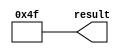
// megafunction wizard: %LPM_CONSTANT%
// GENERATION: STANDARD
// VERSION: WM1.0
// MODULE: LPM_CONSTANT 

// ============================================================
// Megafunction Name(s):
// 			LPM_CONSTANT
//
// Simulation Library Files(s):
// 			lpm
// ============================================================
// ************************************************************
// THIS IS A WIZARD-GENERATED FILE. DO NOT EDIT THIS FILE!
//
// 20.1.1 Build 720 11/11/2020 SJ Lite Edition
// ************************************************************


//Copyright (C) 2020  Intel Corporation. All rights reserved.
//Your use of Intel Corporation's design tools, logic functions 
//and other software and tools, and any partner logic 
//functions, and any output files from any of the foregoing 
//(including device programming or simulation files), and any 
//associated documentation or information are expressly subject 
//to the terms and conditions of the Intel Program License 
//Subscription Agreement, the Intel Quartus Prime License Agreement,
//the Intel FPGA IP License Agreement, or other applicable license
//agreement, including, without limitation, that your use is for
//the sole purpose of programming logic devices manufactured by
//Intel and sold by Intel or its authorized distributors.  Please
//refer to the applicable agreement for further details, at
//https://fpgasoftware.intel.com/eula.


//lpm_constant ENABLE_RUNTIME_MOD="NO" LPM_CVALUE=4F LPM_WIDTH=8 result
//VERSION_BEGIN 20.1 cbx_lpm_constant 2020:11:11:17:06:45:SJ cbx_mgl 2020:11:11:17:08:38:SJ  VERSION_END
// synthesis VERILOG_INPUT_VERSION VERILOG_2001
// altera message_off 10463


//synthesis_resources = 
//synopsys translate_off
`timescale 1 ps / 1 ps
//synopsys translate_on
module  Constant01001111_lpm_constant
	( 
	result) /* synthesis synthesis_clearbox=1 */;
	output   [7:0]  result;


	assign
		result = 8'b01001111;
endmodule //Constant01001111_lpm_constant
//VALID FILE


// synopsys translate_off
`timescale 1 ps / 1 ps
// synopsys translate_on
module Constant01001111 (
	result)/* synthesis synthesis_clearbox = 1 */;

	output	[7:0]  result;

	wire [7:0] sub_wire0;
	wire [7:0] result = sub_wire0[7:0];

	Constant01001111_lpm_constant	Constant01001111_lpm_constant_component (
				.result (sub_wire0));

endmodule

// ============================================================
// CNX file retrieval info
// ============================================================
// Retrieval info: PRIVATE: INTENDED_DEVICE_FAMILY STRING "Cyclone IV GX"
// Retrieval info: PRIVATE: JTAG_ENABLED NUMERIC "0"
// Retrieval info: PRIVATE: JTAG_ID STRING "NONE"
// Retrieval info: PRIVATE: Radix NUMERIC "2"
// Retrieval info: PRIVATE: SYNTH_WRAPPER_GEN_POSTFIX STRING "1"
// Retrieval info: PRIVATE: Value NUMERIC "79"
// Retrieval info: PRIVATE: nBit NUMERIC "8"
// Retrieval info: PRIVATE: new_diagram STRING "1"
// Retrieval info: LIBRARY: lpm lpm.lpm_components.all
// Retrieval info: CONSTANT: LPM_CVALUE NUMERIC "79"
// Retrieval info: CONSTANT: LPM_HINT STRING "ENABLE_RUNTIME_MOD=NO"
// Retrieval info: CONSTANT: LPM_TYPE STRING "LPM_CONSTANT"
// Retrieval info: CONSTANT: LPM_WIDTH NUMERIC "8"
// Retrieval info: USED_PORT: result 0 0 8 0 OUTPUT NODEFVAL "result[7..0]"
// Retrieval info: CONNECT: result 0 0 8 0 @result 0 0 8 0
// Retrieval info: GEN_FILE: TYPE_NORMAL Constant01001111.v TRUE
// Retrieval info: GEN_FILE: TYPE_NORMAL Constant01001111.inc TRUE
// Retrieval info: GEN_FILE: TYPE_NORMAL Constant01001111.cmp TRUE
// Retrieval info: GEN_FILE: TYPE_NORMAL Constant01001111.bsf TRUE
// Retrieval info: GEN_FILE: TYPE_NORMAL Constant01001111_inst.v TRUE
// Retrieval info: GEN_FILE: TYPE_NORMAL Constant01001111_bb.v TRUE
// Retrieval info: GEN_FILE: TYPE_NORMAL Constant01001111_syn.v TRUE
// Retrieval info: LIB_FILE: lpm